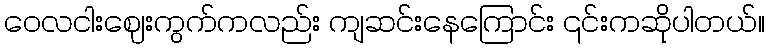
ဝေလငါးဈေးကွက်ကလည်း ကျဆင်းနေကြောင်း ၎င်းကဆိုပါတယ်။